Kihnu_vallavalitsus, lk 14
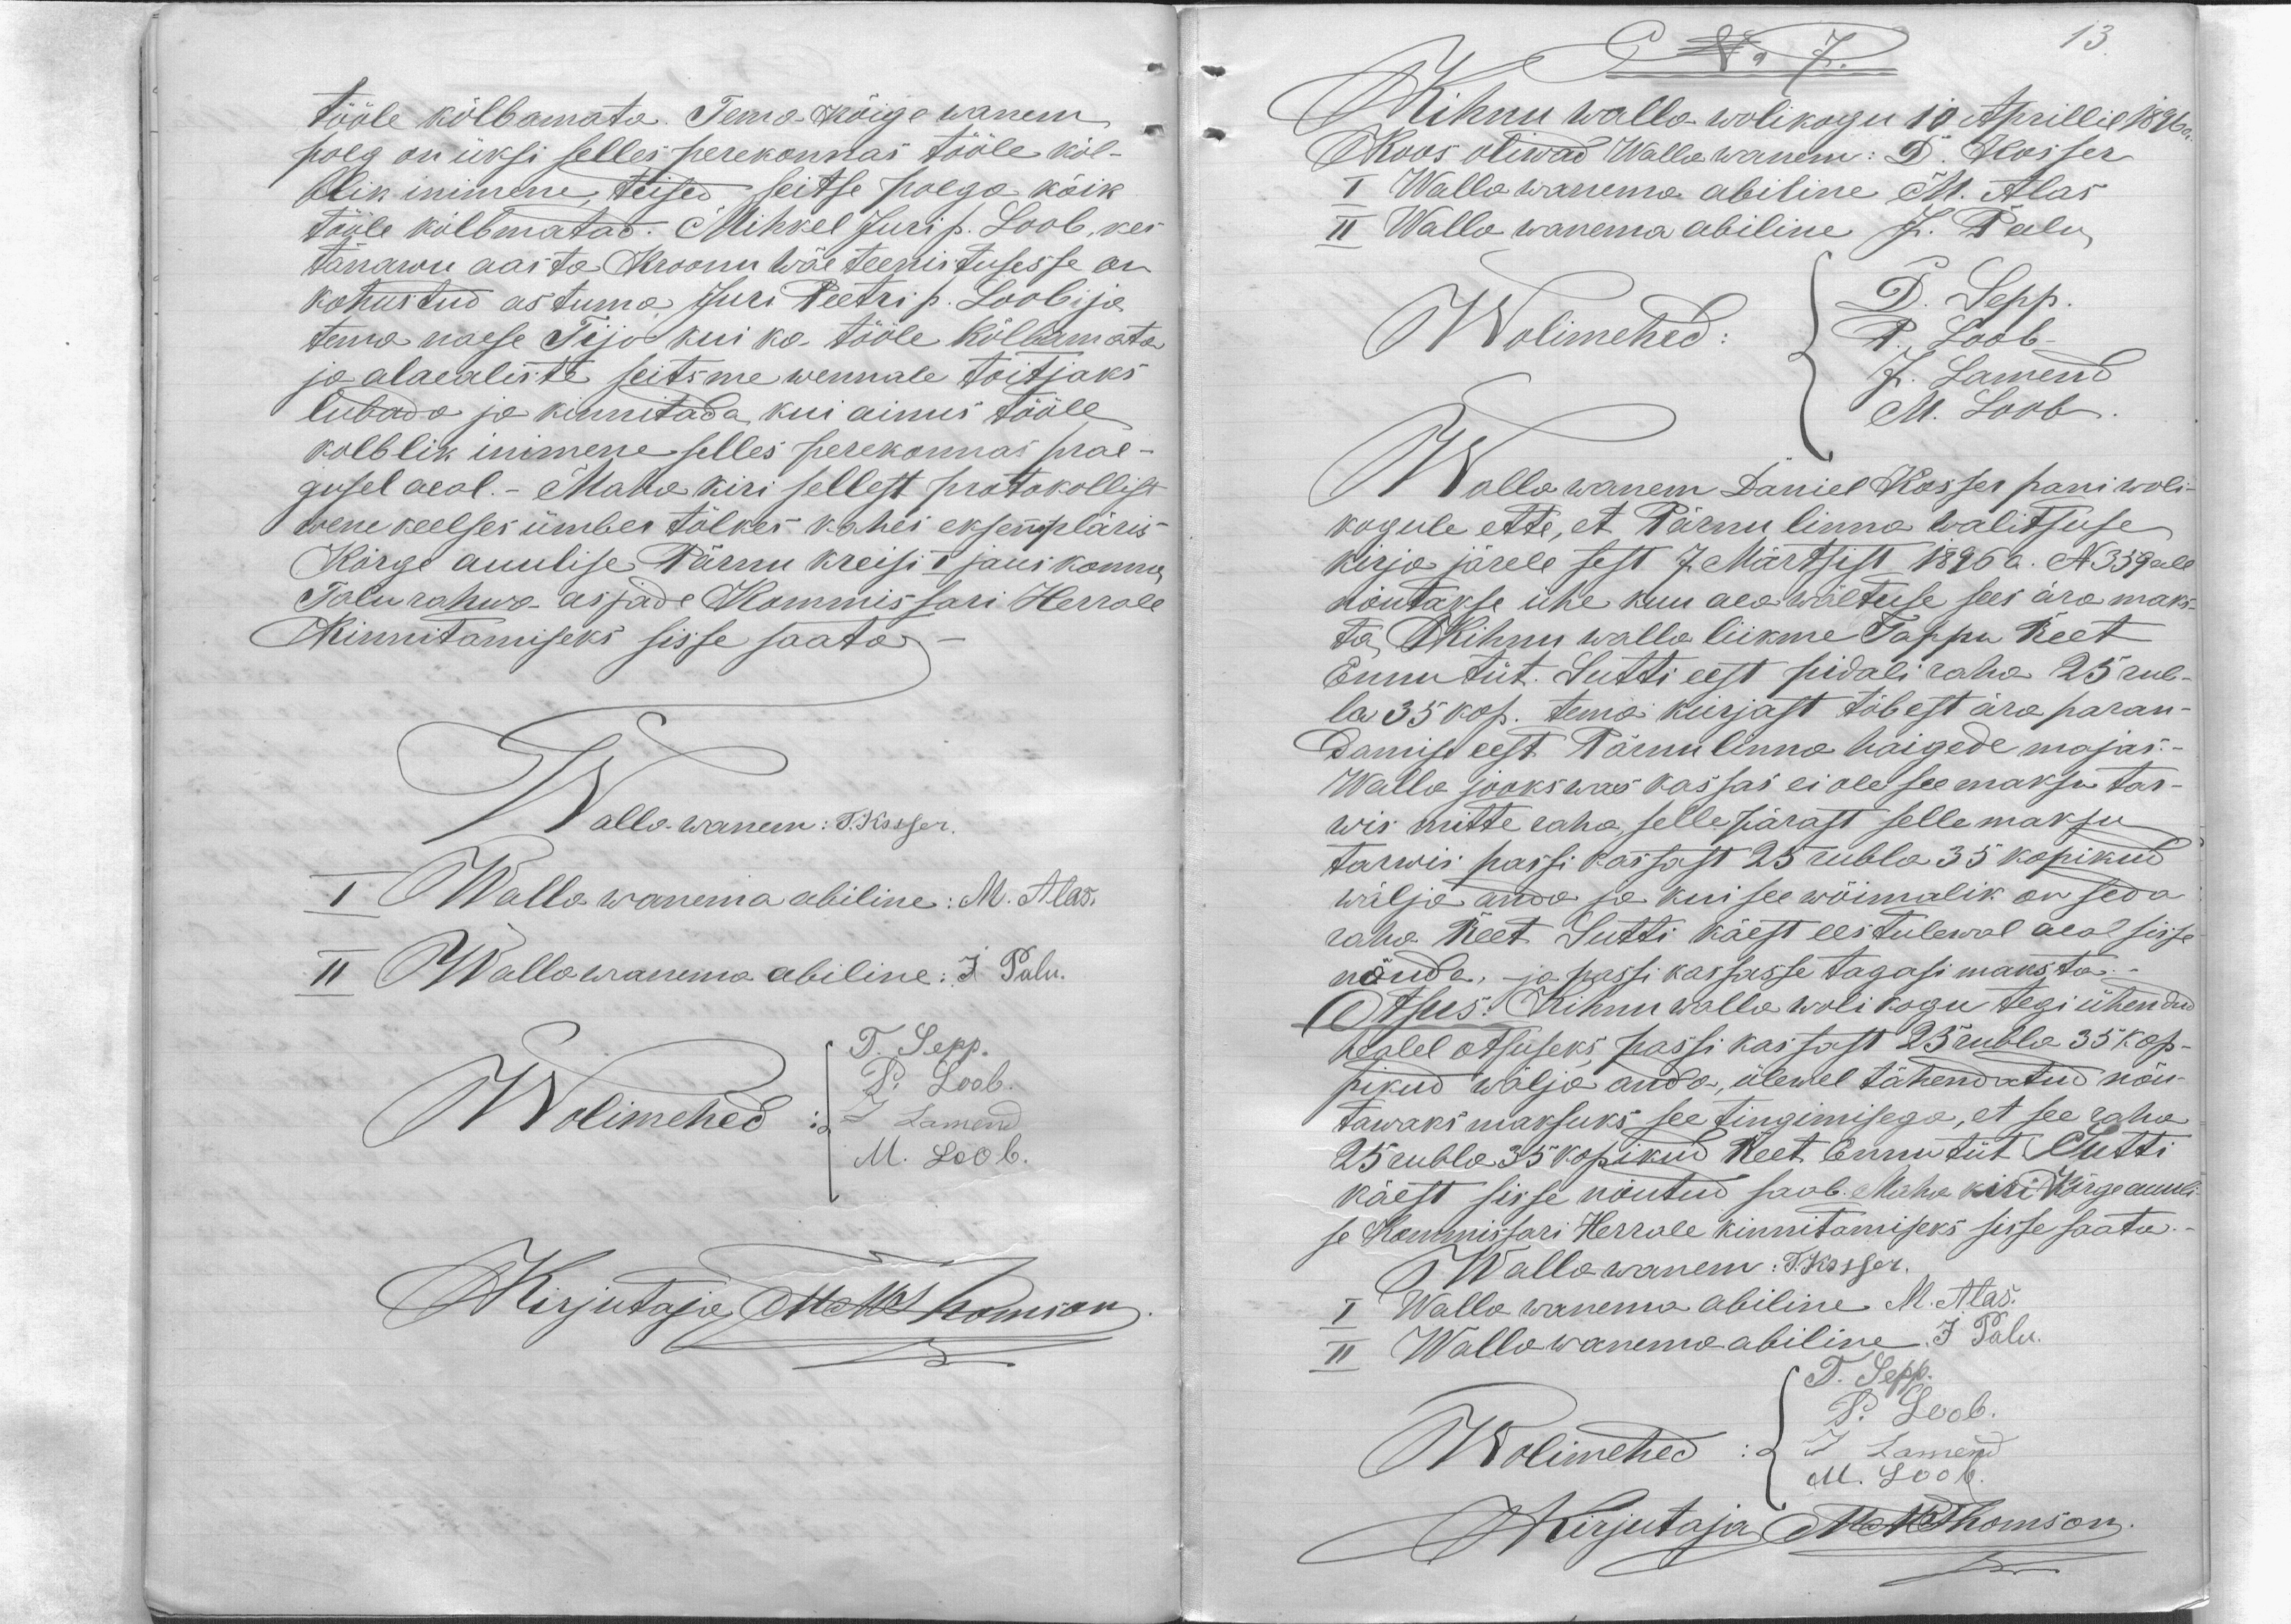
tööle kõlbamata. Tema Kõige wanem
poeg on üksi selles perekonnas tööle kõl-
blik inimene, teised seitse poega kõik
tööle kõlbmatad. Mihkel Juri p. Loob, kes
tänawu aasta Kroonu wäe teenistusesse on
kohustud astuma Juri Peetri p. Loobi ja
tema naese Tijo kui ka tööle kõlbamata
ja alaealiste seitsme wennale toitjaks
lubada ja kinnitada, kui ainus tööle
kolblik inimene selles perekonnas prae-
gusel aeal. - Maha kiri sellest protokollist
wene keelses ümber tõlkes kahes eksempläris -
Kõrge auulise Pärnu kreisi I jauskonna
Talurahwa asjade Kommissari Herrale
Kinnitamiseks sisse saata
Walla wanem: T. Kosser.
I Walla wanema abiline: M. Alas.
II Wallawanema abiline: J. Palu
Wolimehed:
T. Sepp.
P. Loob.
J. Lamend
M. Loob.
Kirjutaja Meits Thomson

13.

No 7.
Kihnu walla wolikogu 10 Aprillil 1896 a.
Koos oliwad Walla wanem: D. Kosser
I Walla wanema abiline M. Alas
II Walla wanema abiline J. Palu
Wolimehed:
D. Sepp.
P. Loob.
J. Lamend
M. Loob.
Walla wanem Daniel Kosser pani woli-
kogule ette, et Pärnu linna walitsuse
kirja järele sest 7 Märtsist 1896 a. N339 all
nõutakse ühe kuu aea wältuse sees ära maks-
ta Kihnu walla liikme Tappu Reet
Ennu tüt. Sutti eest pidali raha 25 rub-
la 35 kop. tema kirjast tõbest ära paran-
damist eest Pärnu linna haigede majas.
Walla jaokswas kassas ei ole see maksu tar-
wis mitte raha sellepärast sellemaksu
tarwis passi kassast 25 rubla 35 kopikud.
wälja anda ja kui see wõimalik on seda
raha Reet Sutti käest ees tulewal aeal sisse
nõuda ja passi kassasse tagasi maksta.
Otsus: Kihnu walla wolikogu tegi ühendud
healel otsuseks passi kassast 25 rubla 35 kop-
pikud wälja anda, ülewel tähendatud nõu-
tawaks maksuks see tingimisega, et see raha
25 rubla 35 kopikud Reet Ennu tüt Sutti
käest sisse nõutud saab. Maha kiri Kõrge auuli-
se Kommissari Herrale kinnitamiseks sisse saata.
Walla wanem: T. Kosser.
I Walla wanema abiline M. Alas.
II Walla wanema abiline J Palu.
Wolimehed
T. Sepp.
P. Loob.
J. Lamend
M. Loob.
Kirjutaja MThomson.